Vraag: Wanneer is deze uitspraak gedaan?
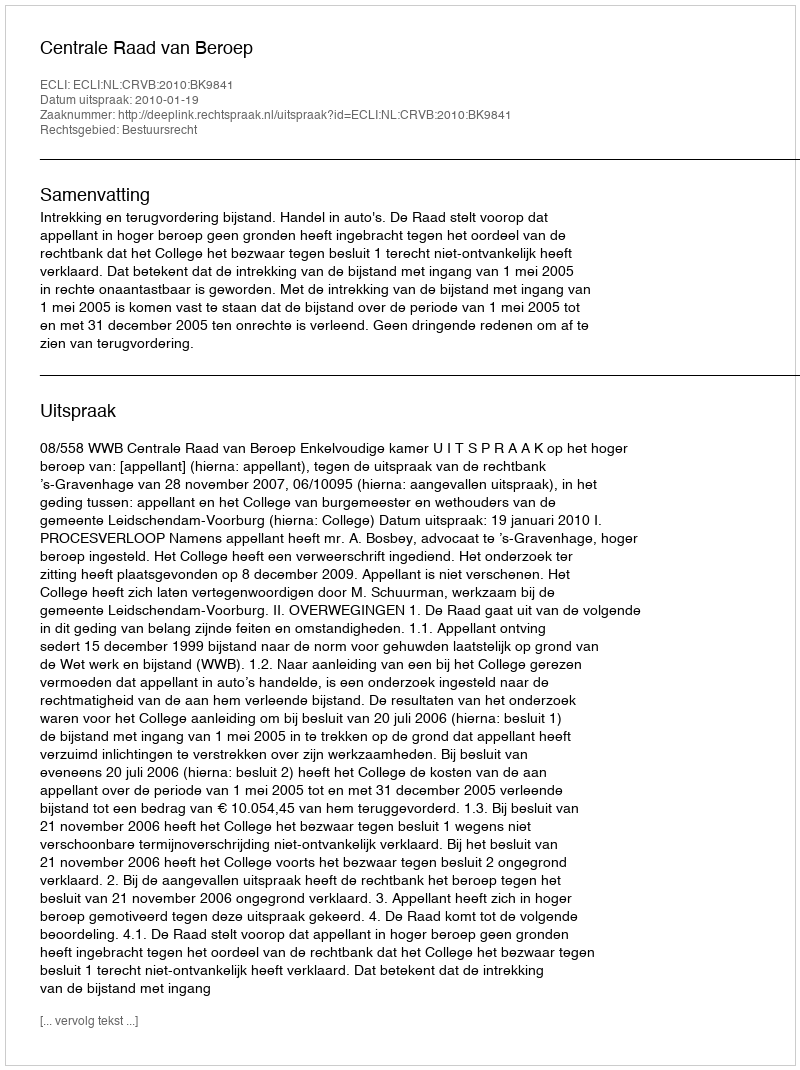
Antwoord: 2010-01-19